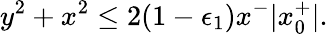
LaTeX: y^{2}+x^{2}\le 2(1-\epsilon_{1})x^{-}|x_{0}^{+}|.